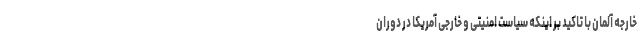
خارجه آلمان با تاکید بر اینکه سیاست امنیتی و خارجی آمریکا در دوران